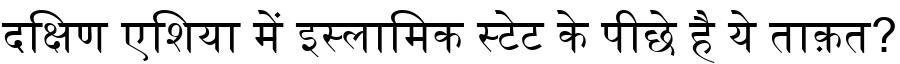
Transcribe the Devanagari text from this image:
दक्षिण एशिया में इस्लामिक स्टेट के पीछे है ये ताक़त?